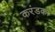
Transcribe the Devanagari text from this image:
करंडका